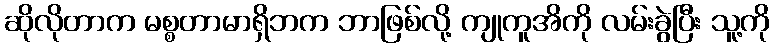
ဆိုလိုတာက မစ္စတာမာရှိဘက ဘာဖြစ်လို့ ကျုကူအိကို လမ်းခွဲပြီး သူ့ကို